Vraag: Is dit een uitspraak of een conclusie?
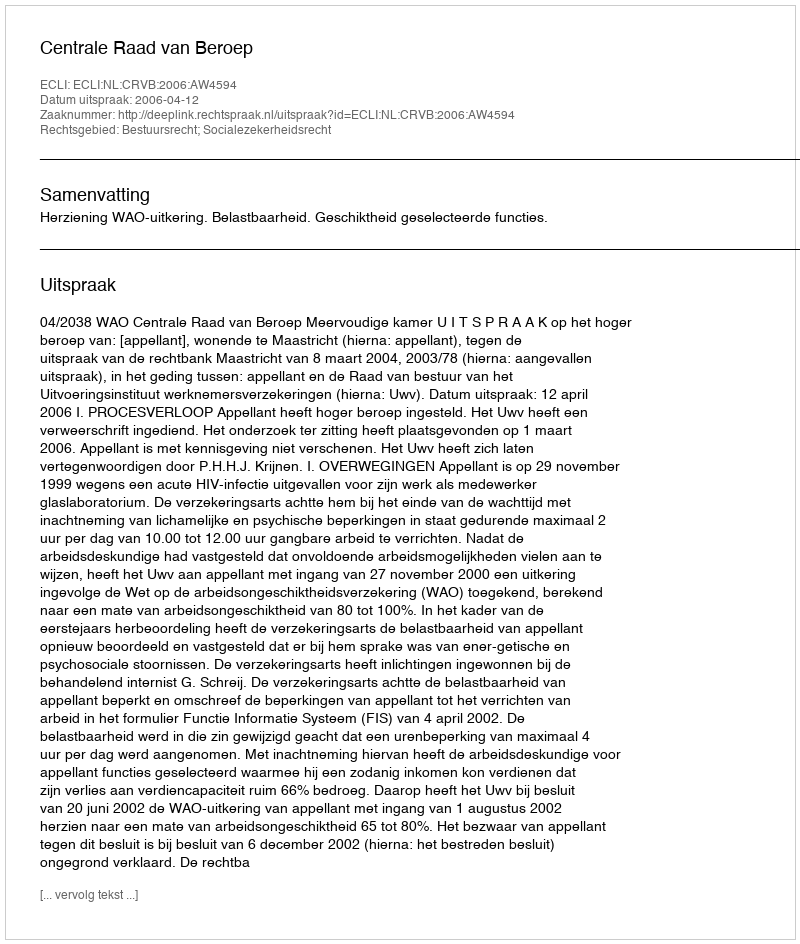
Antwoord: Uitspraak